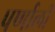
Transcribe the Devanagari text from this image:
पर्णाली